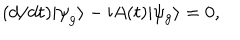
( d / d t ) | { \psi } _ { g } \rangle - \mathrm { i } A ( t ) | \psi _ { g } \rangle = 0 ,